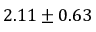
2 . 1 1 \pm 0 . 6 3